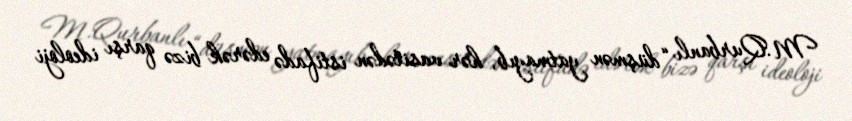
M.Qurbanlı “düşmən yatmayıb, hər vasitədən istifadə edərək bizə qarşı ideoloji